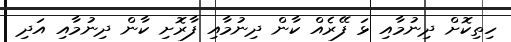
ހިތިކޮށް ދިނުމާއި ޅަ ފޭރެއް ކާން ދިނުމާއި ފާރޮށި ކާން ދިނުމާއި އަދި